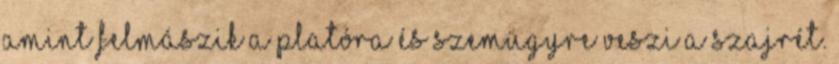
amint felmászik a platóra és szemügyre veszi a szajrét.